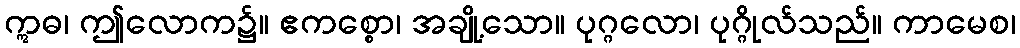
ဣဓ၊ ဤလောက၌။ ဧကစ္စော၊ အချို့သော။ ပုဂ္ဂလော၊ ပုဂ္ဂိုလ်သည်။ ကာမေစ၊